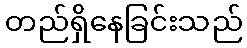
တည်ရှိနေခြင်းသည်